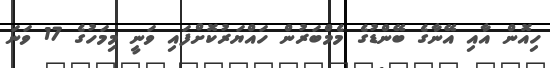
ހިއޮން އާއި އޭނާގެ ބޭންޑުގެ މެމްބަރުން ހައްޔަރުކޮށްފައި ވަނީ މިމަހުގެ 17 ވަނަ